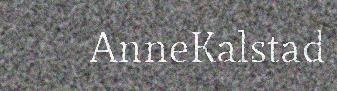
AnneKalstad